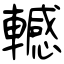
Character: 轗